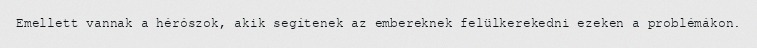
Emellett vannak a hérószok, akik segítenek az embereknek felülkerekedni ezeken a problémákon.